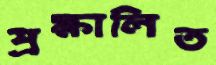
প্রক্ষালিত